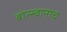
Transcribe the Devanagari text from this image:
बोत्स्वानाचे